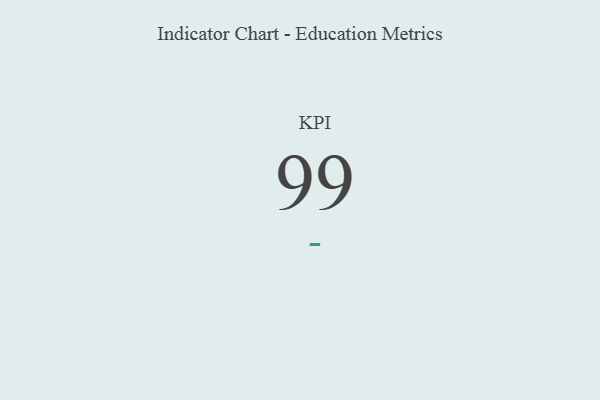
{"axis": {"x": "KPI", "y": "Value"}, "legend": [""], "data": [{"x": "KPI", "y": 99, "type": ""}]}